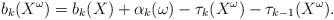
LaTeX: \begin{align*}b_k(X^\omega)=b_k(X)+\alpha_k(\omega)-\tau_k(X^\omega)-\tau_{k-1}(X^\omega). \end{align*}